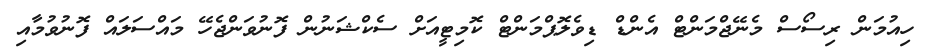
ހިއުމަން ރިސޯސް މެނޭޖްމަންޓް އެންޑް ޑިވެލޮޕްމަންޓް ކޮމިޓީއަށް ސެކްޝަނުން ފޮނުވަންޖެހޭ މައްސަލައް ފޮނުވުމާއި